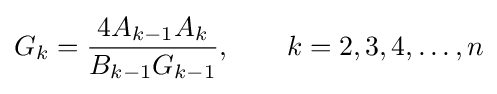
G_{k}={\frac {4A_{k-1}A_{k}}{B_{k-1}G_{k-1}}},\qquad k=2,3,4,\dots ,n